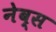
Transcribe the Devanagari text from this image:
नेव्स